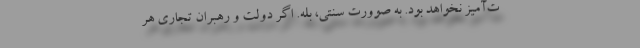
ت‌آمیز نخواهد بود. به صوورت سنتی، بله. اگر دولت و رهبران تجاری هر